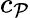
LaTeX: c_{\mathcal{P}}